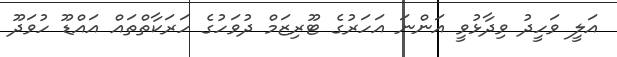
އަލީ ވަހީދު ވިދާޅުވީ އަންނަ އަހަރުގެ ޓޫރިޒަމް ދުވަހުގެ ހަރަކާތްތައް އައްޑޫ ހުވަދޫ